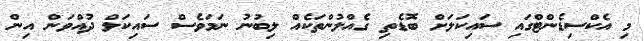
މި އެކްސިޑެންޓްގައި ސައިކަލަށް ބޮޑެތި ގެއްލުންތަކެއް ލިބުނު ނަމަވެސް ސައިކަލް ދުއްވަން އިން